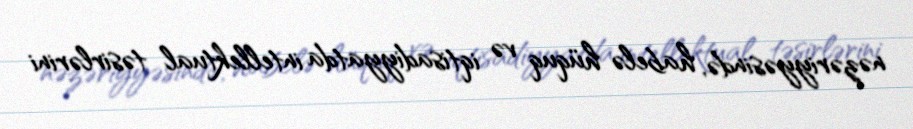
nəzəriyyəsində, habelə hüquq və iqtisadiyyatda intellektual təsirlərini